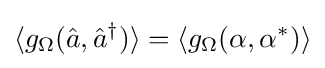
\langle g_{\Omega }({\hat {a}},{\hat {a}}^{\dagger })\rangle =\langle g_{\Omega }(\alpha ,\alpha ^{*})\rangle